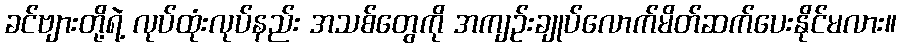
ခင်ဗျားတို့ရဲ့ လုပ်ထုံးလုပ်နည်း အသစ်တွေကို အကျဉ်းချုပ်လောက်မိတ်ဆက်ပေးနိုင်မလား။